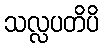
သလ္လပတိပိ